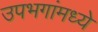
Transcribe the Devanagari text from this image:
उपभगांमध्ये